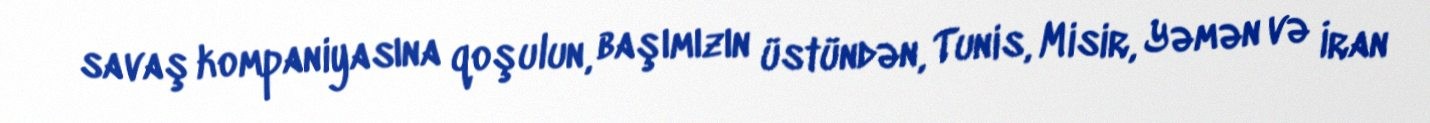
savaş kompaniyasına qoşulun, başımızın üstündən, Tunis, Misir, Yəmən və İran